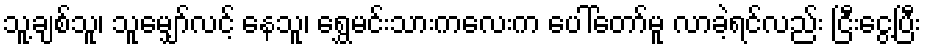
သူ့ချစ်သူ၊ သူမျှော်လင့် နေသူ၊ ရွှေမင်းသားကလေးက ပေါ်တော်မူ လာခဲ့ရင်လည်း ငြီးငွေ့ပြီး